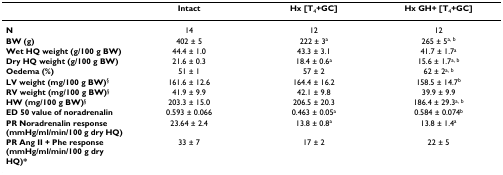
<table><thead><tr><td></td><td><b>Intact</b></td><td><b>Hx [T<sub>4</sub>+GC]</b></td><td><b>Hx GH+ [T<sub>4</sub>+GC]</b></td></tr></thead><tbody><tr><td><b>N</b></td><td>14</td><td>12</td><td>12</td></tr><tr><td><b>BW (g)</b></td><td>402 ± 5</td><td>222 ± 3<sup>a</sup></td><td>265 ± 5<sup>a, b</sup></td></tr><tr><td><b>Wet HQ weight (g/100 g BW)</b></td><td>44.4 ± 1.0</td><td>43.3 ± 3.1</td><td>41.7 ± 1.7<sup>a</sup></td></tr><tr><td><b>Dry HQ weight (g/100 g BW)</b></td><td>21.6 ± 0.3</td><td>18.4 ± 0.6<sup>a</sup></td><td>15.6 ± 1.7<sup>a, b</sup></td></tr><tr><td><b>Oedema (%)</b></td><td>51 ± 1</td><td>57 ± 2</td><td>62 ± 2<sup>a, b</sup></td></tr><tr><td><b>LV weight (mg/100 g BW)</b><sup>§</sup></td><td>161.6 ± 12.6</td><td>164.4 ± 16.2</td><td>158.5 ± 14.7<sup>b</sup></td></tr><tr><td><b>RV weight (mg/100 g BW)</b><sup>§</sup></td><td>41.9 ± 9.9</td><td>42.1 ± 9.8</td><td>39.9 ± 9.9</td></tr><tr><td><b>HW (mg/100 g BW)</b><sup>§</sup></td><td>203.3 ± 15.0</td><td>206.5 ± 20.3</td><td>186.4 ± 29.3<sup>a, b</sup></td></tr><tr><td><b>ED 50 value of noradrenalin</b></td><td>0.593 ± 0.066</td><td>0.463 ± 0.05<sup>a</sup></td><td>0.584 ± 0.074<sup>b</sup></td></tr><tr><td><b>PR Noradrenalin response (mmHg/ml/min/100 g dry HQ)</b></td><td>23.64 ± 2.4</td><td>13.8 ± 0.8<sup>a</sup></td><td>13.8 ± 1.4<sup>a</sup></td></tr><tr><td><b>PR Ang II + Phe response (mmHg/ml/min/100 g dry HQ)*</b></td><td>33 ± 7</td><td>17 ± 2</td><td>22 ± 5</td></tr></tbody></table>